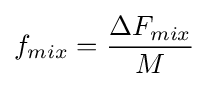
f_{mix}={\frac {\Delta F_{mix}}{M}}